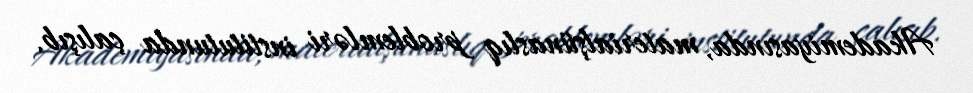
Akademiyasında, materialşünaslıq problemləri institutunda çalışıb.